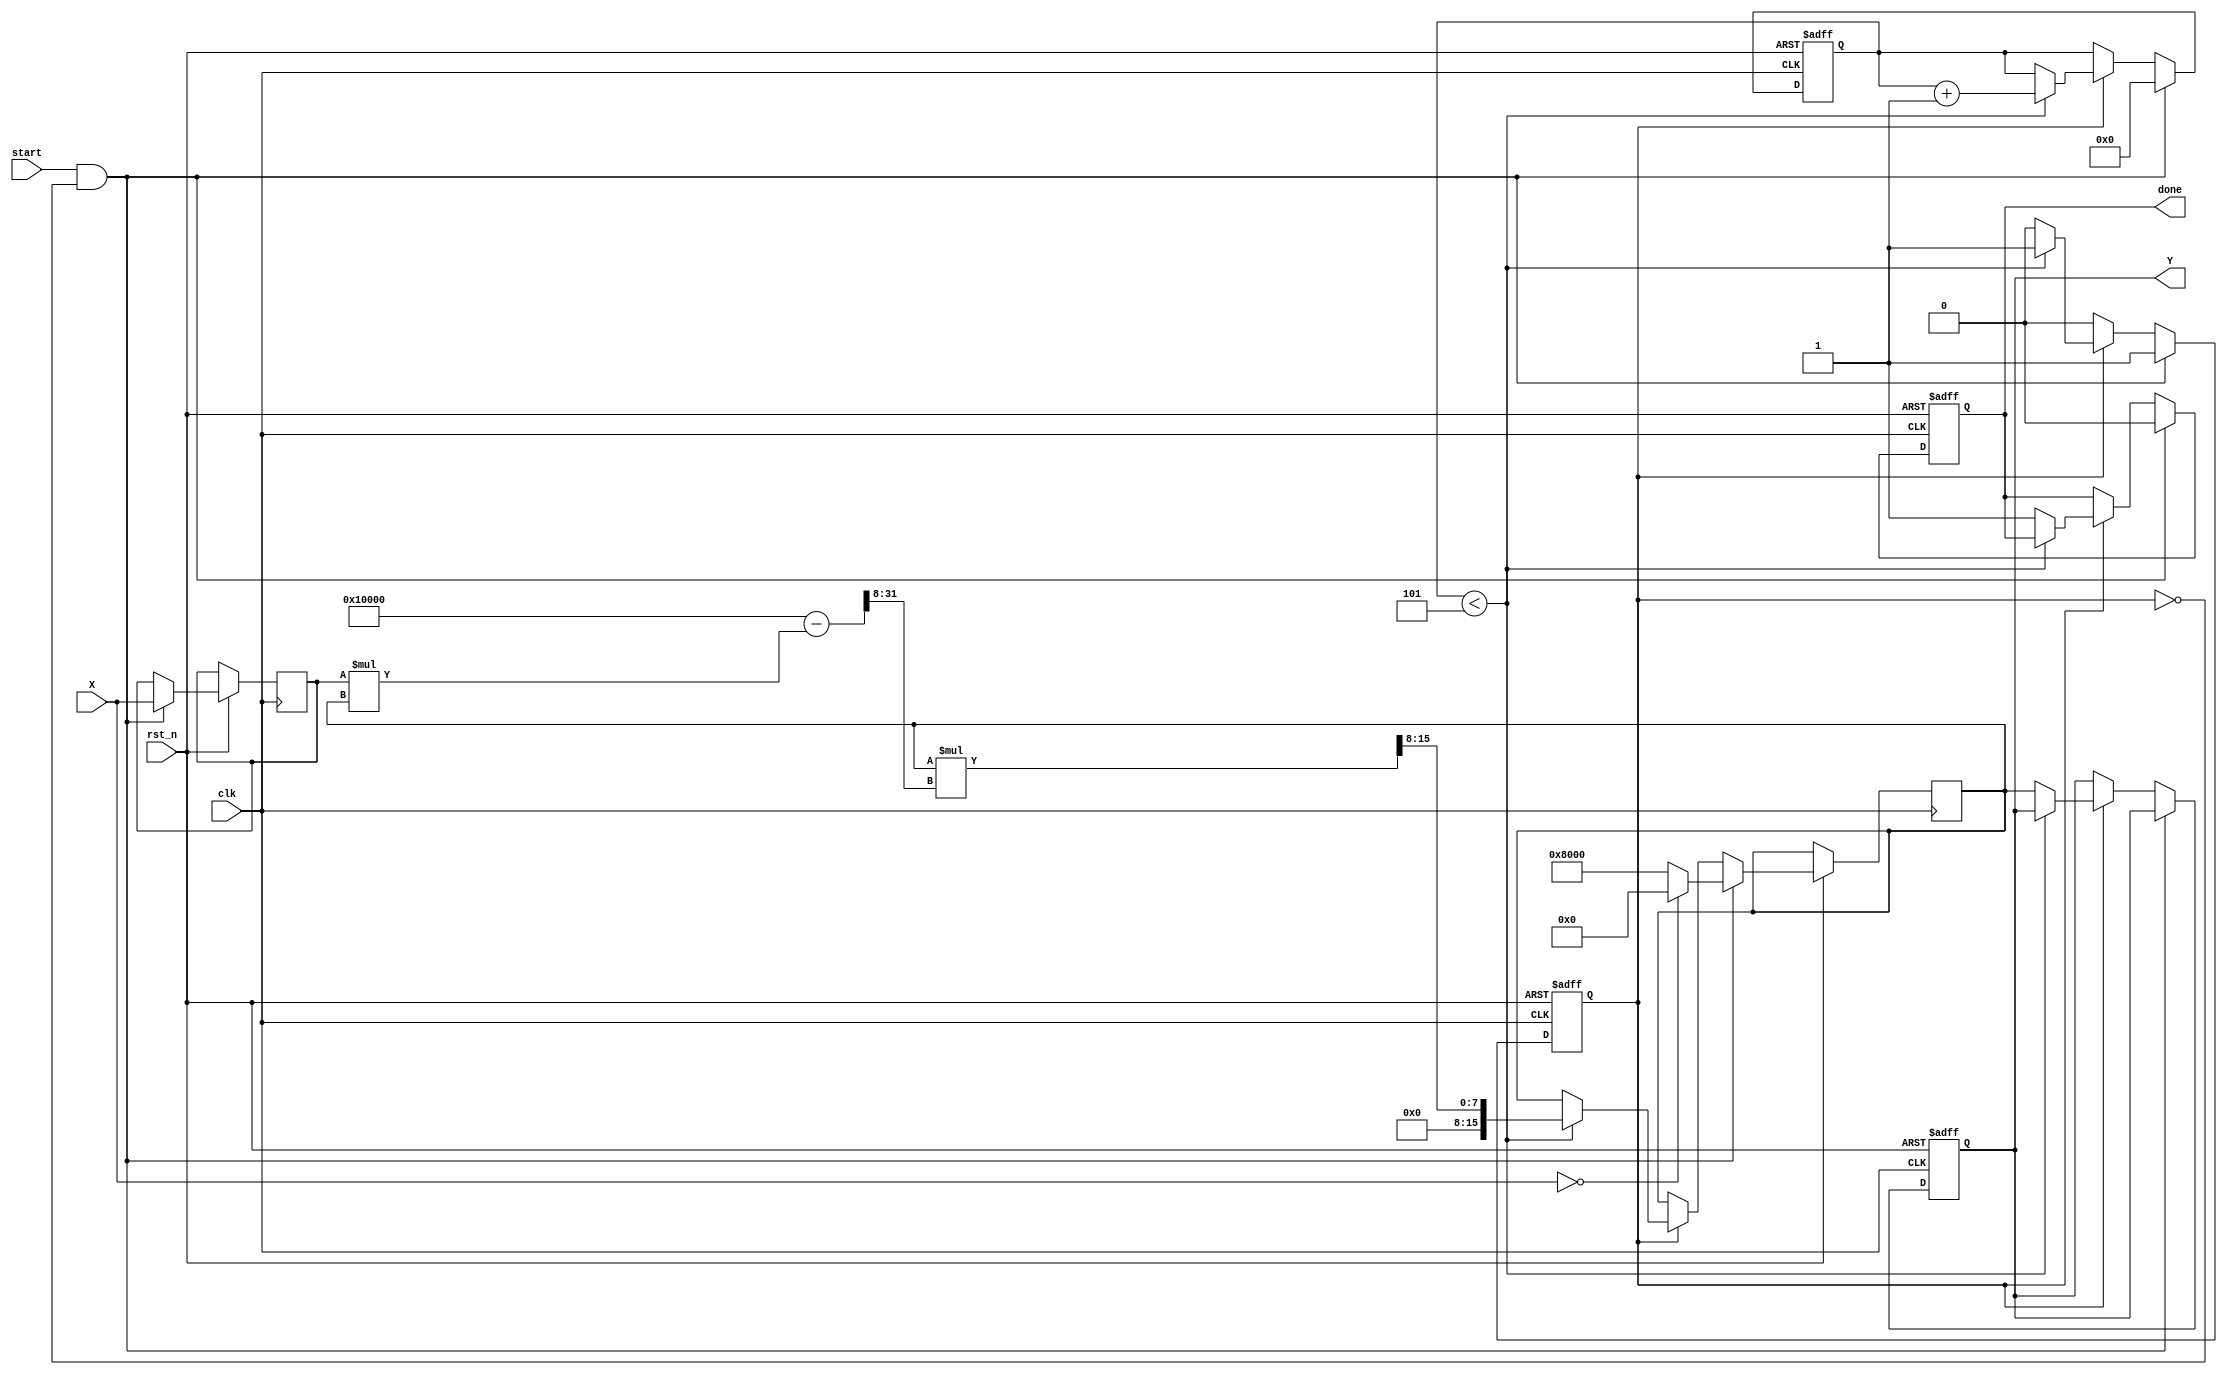
module FixedPointReciprocal #(parameter N = 16, // Bit-width of input
                               parameter M = 16, // Bit-width of output
                               parameter FRACTIONAL_BITS = 8, // Number of fractional bits
                               parameter MAX_ITERATIONS = 5) // Max iterations for Newton-Raphson
(
    input  wire clk,
    input  wire rst_n,
    input  wire [N-1:0] X, // Input fixed-point number
    input  wire start, // Signal to start the computation
    output reg [M-1:0] Y, // Output fixed-point reciprocal
    output reg done // Signal indicating computation is complete
);

// Internal signals
reg [N-1:0] x_reg;
reg [M-1:0] guess;
reg [M-1:0] temp;
reg [3:0] iteration_count;
reg computing;

// Initial guess for the reciprocal
wire [M-1:0] initial_guess = (X[N-1:0] == 0) ? {M{1'b0}} : {1'b1, {M-1{1'b0}}}; // 1.0 for non-zero input

// Newton-Raphson iteration
always @(posedge clk or negedge rst_n) begin
    if (!rst_n) begin
        Y <= 0;
        done <= 0;
        computing <= 0;
        iteration_count <= 0;
    end else begin
        if (start && !computing) begin
            // Start computing the reciprocal
            x_reg <= X;
            guess <= initial_guess;
            iteration_count <= 0;
            done <= 0;
            computing <= 1;
        end else if (computing) begin
            if (iteration_count < MAX_ITERATIONS) begin
                // Newton-Raphson formula: guess = guess * (2 - x * guess)
                temp = guess * (2**M - (x_reg * guess) >> FRACTIONAL_BITS);
                guess <= temp >> FRACTIONAL_BITS; // Adjusting for fixed-point scaling
                iteration_count <= iteration_count + 1;
            end else begin
                // Finished computation
                Y <= guess;
                done <= 1;
                computing <= 0;
            end
        end
    end
end

endmodule